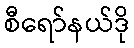
စီရော်နယ်ဒို